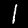
Label: 1